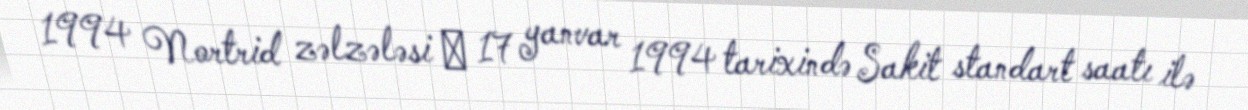
1994 Nortrid zəlzələsi ― 17 yanvar 1994 tarixində Sakit standart saatı ilə